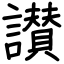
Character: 讃